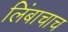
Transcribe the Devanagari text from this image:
लिंबाचाच